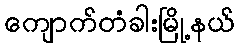
ကျောက်တံခါးမြို့နယ်